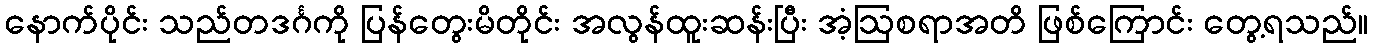
နောက်ပိုင်း သည်တဒင်္ဂကို ပြန်တွေးမိတိုင်း အလွန်ထူးဆန်းပြီး အံ့ဩစရာအတိ ဖြစ်ကြောင်း တွေ့ရသည်။